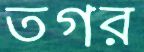
তগর